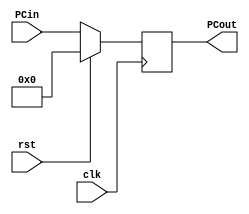
module PC ( clk, 
			rst,
			PCin, 
			PCout);
	
	parameter bit_size = 18;
	
	input  clk, rst;
	input  [bit_size-1:0] PCin;
	output [bit_size-1:0] PCout;	   
	reg PCout;
	// write your code in here
	always@(posedge clk)
		begin
			if(rst)
				PCout <= 0;
			else
				PCout<=PCin;
		end
endmodule